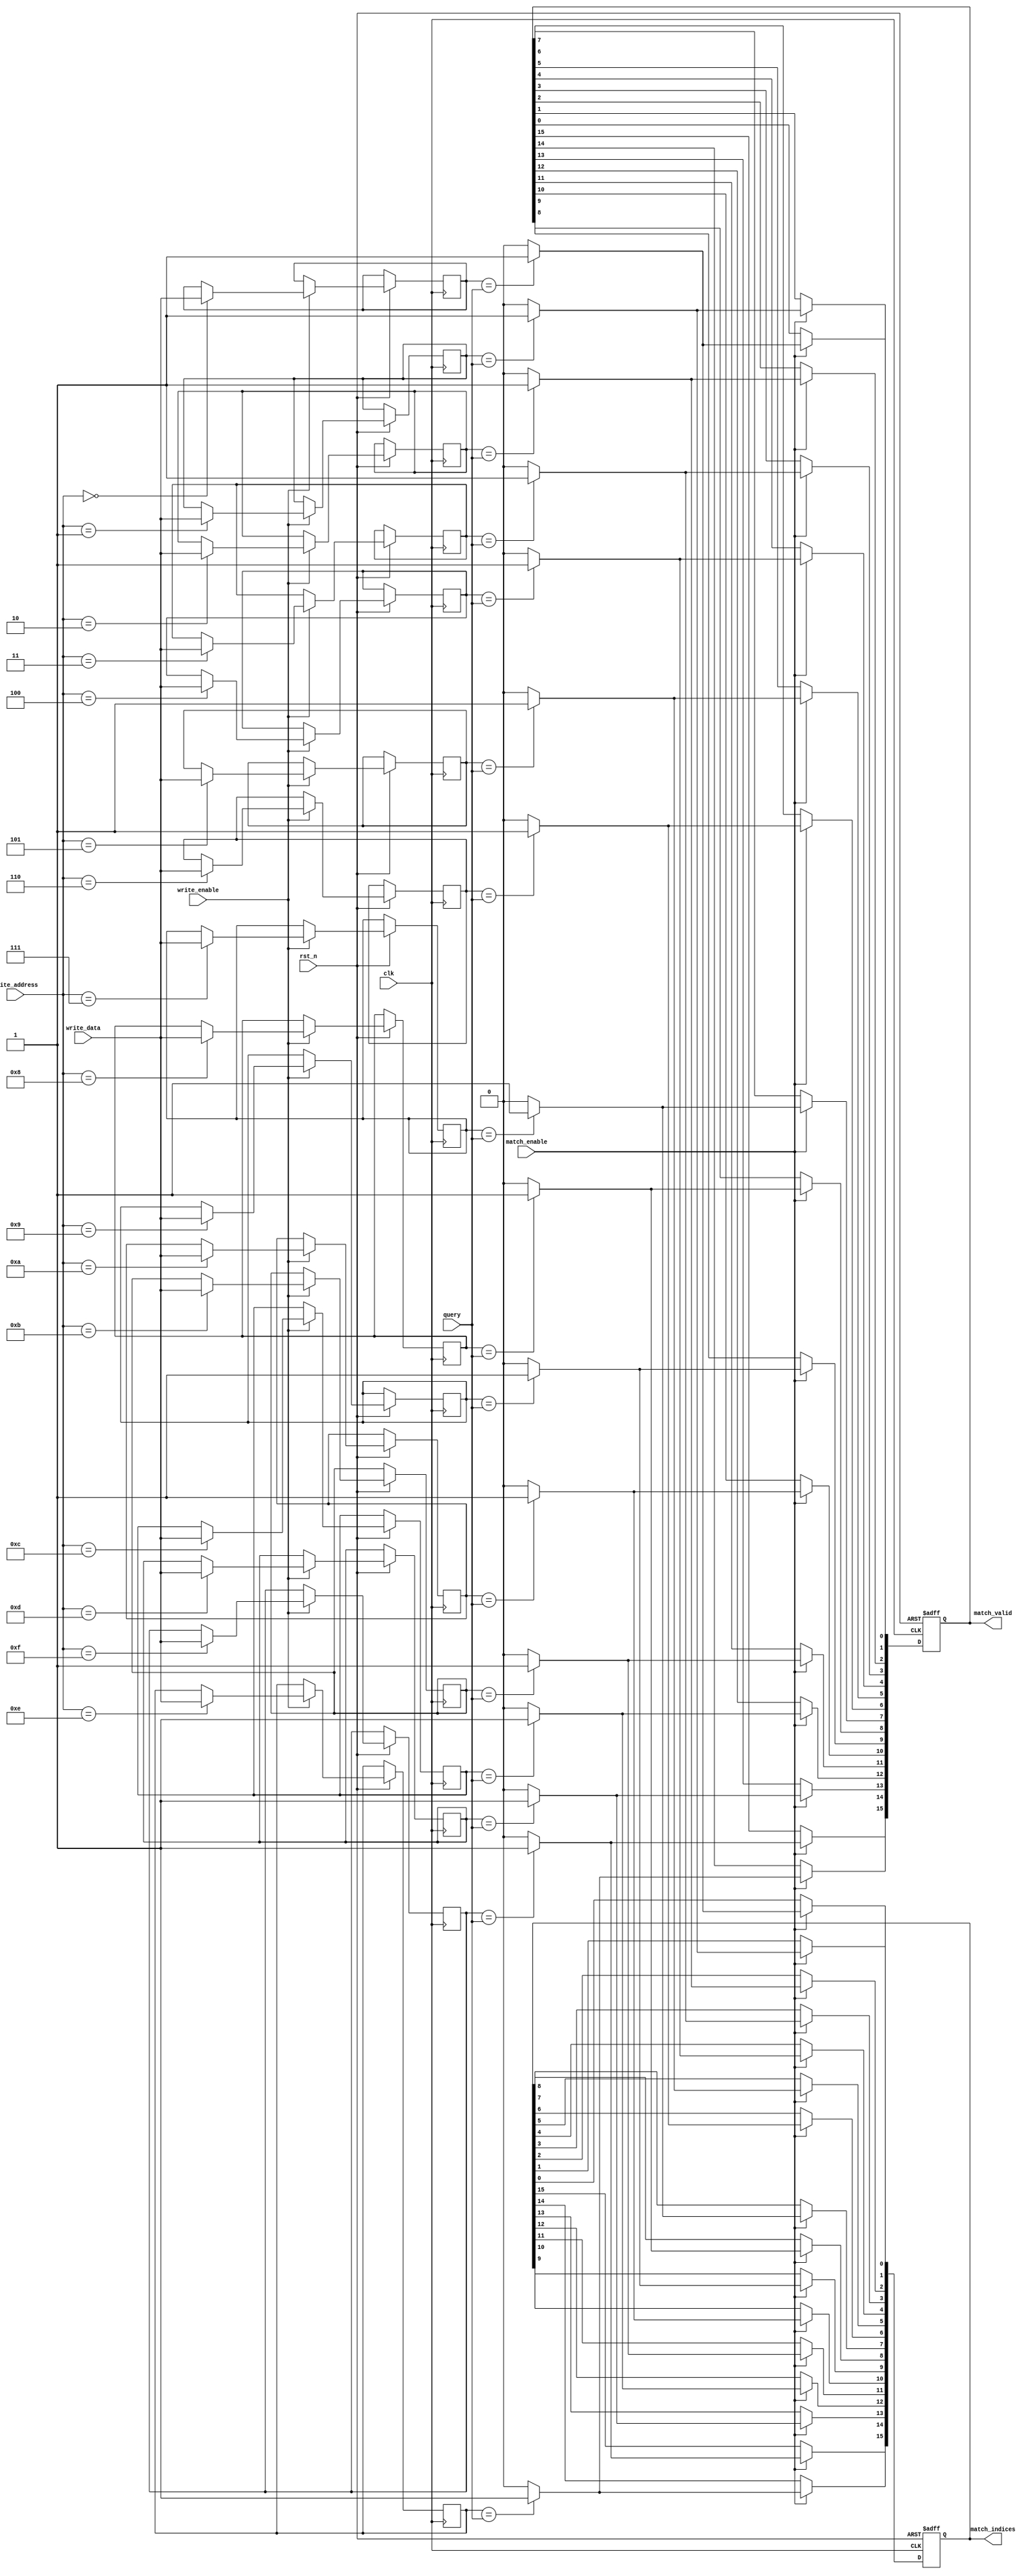
module MultimatchCAM #(
    parameter N = 16, // Number of entries
    parameter M = 8    // Size of each entry in bits
)(
    input wire clk,                // Clock signal
    input wire rst_n,              // Active low reset
    input wire [M-1:0] query,      // Input data to be queried
    input wire write_enable,        // Control signal to write new entries
    input wire [M-1:0] write_data,  // Data to write into CAM
    input wire [$clog2(N)-1:0] write_address, // Address to write data
    input wire match_enable,        // Control signal to initiate matching
    output reg [N-1:0] match_indices, // Output matching indices
    output reg [N-1:0] match_valid   // Output valid match signals
);

// Memory array to hold N entries of M bits each
reg [M-1:0] cam_memory [0:N-1];

// Match logic
integer i;
always @(posedge clk or negedge rst_n) begin
    if (!rst_n) begin
        match_indices <= 0;
        match_valid <= 0;
    end else begin
        if (write_enable) begin
            cam_memory[write_address] <= write_data; // Write data to CAM
        end
        
        if (match_enable) begin
            match_indices <= 0; // Clear previous matches
            match_valid <= 0;   // Clear previous valid signals
            
            // Check for matches
            for (i = 0; i < N; i = i + 1) begin
                if (cam_memory[i] == query) begin
                    match_indices[i] <= 1; // Set match index
                    match_valid[i] <= 1;   // Set valid match signal
                end
            end
        end
    end
end

endmodule